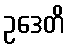
ဥဒေတိ